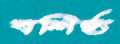
বশিষ্ঠ